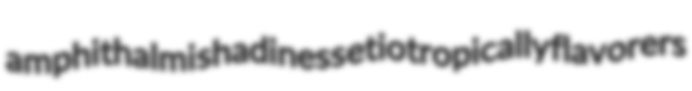
amphithalmi shadiness etiotropically flavorers